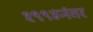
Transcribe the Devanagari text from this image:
१९९४नंतर